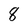
Character: 8